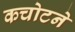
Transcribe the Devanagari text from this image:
कचोटने